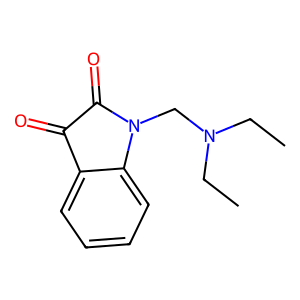
SMILES: CCN(CC)CN1C(=O)C(=O)c2ccccc21
Inhibits HIV replication: No